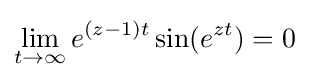
\lim _{t\rightarrow \infty }e^{(z-1)t}\sin(e^{zt})=0